65_HS1-834228961_62-HQ-83894_Section_8
Agency: FBI
Page 96
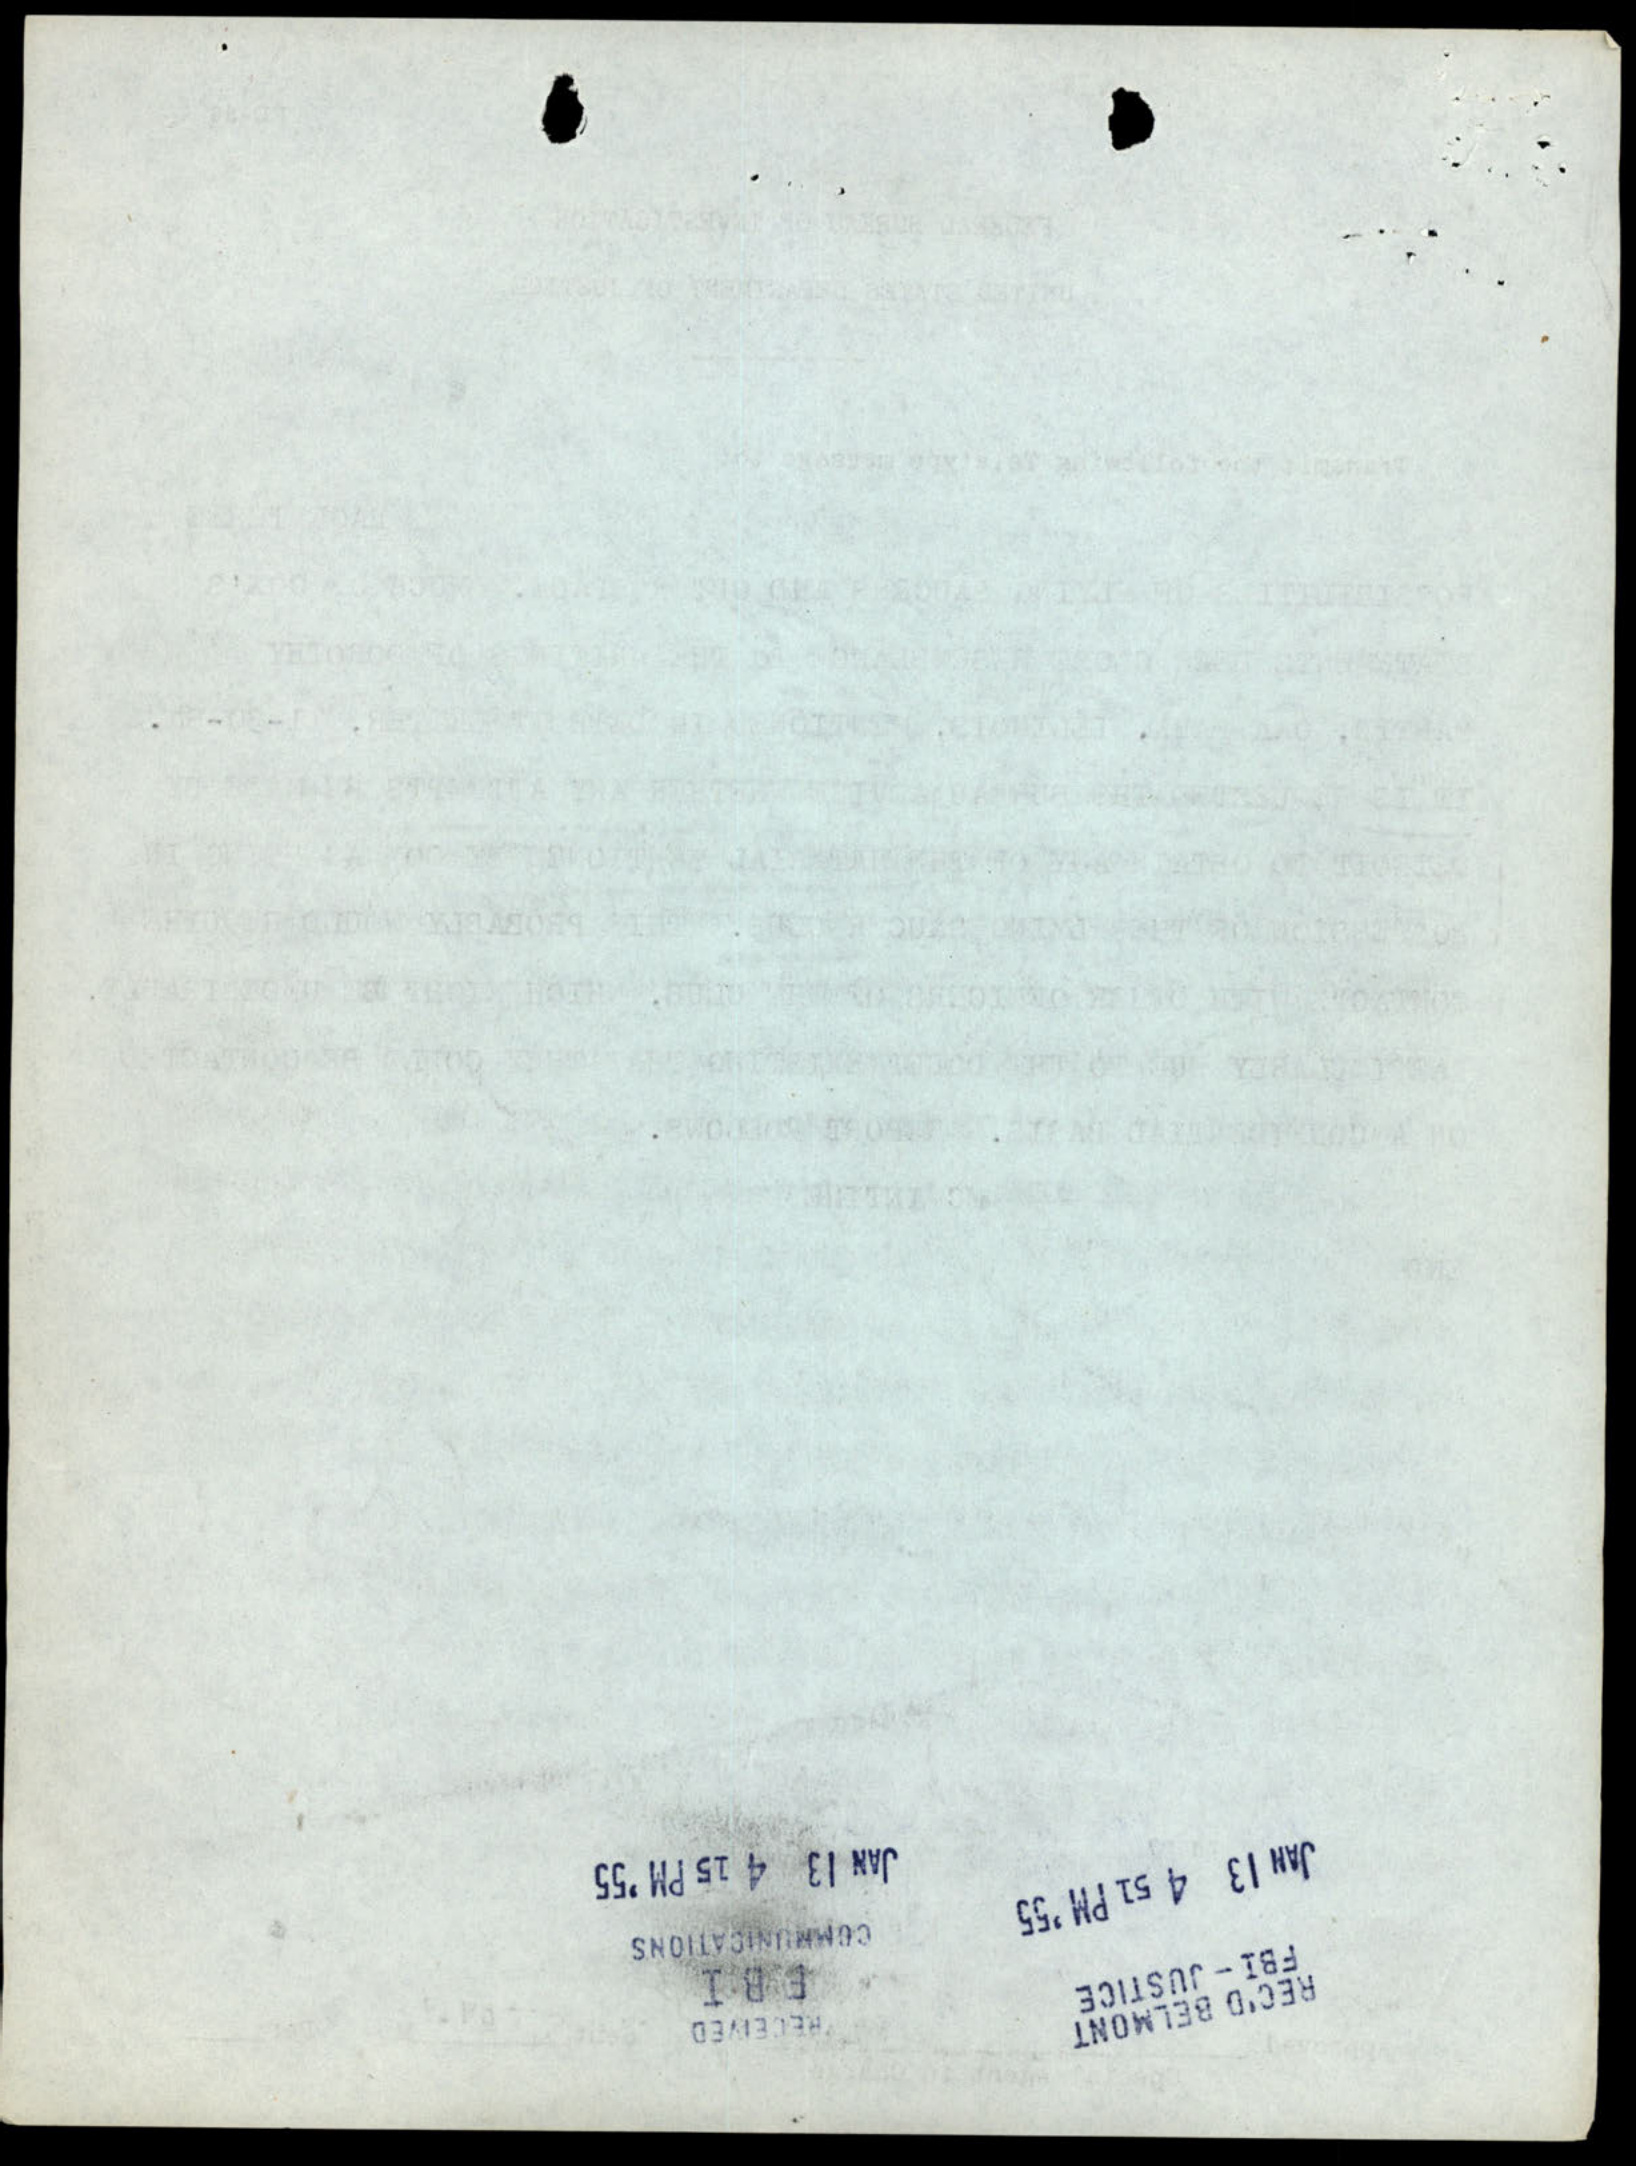